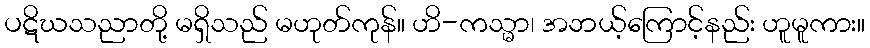
ပဋိဃသညာတို့ မရှိသည် မဟုတ်ကုန်။ ဟိ-ကသ္မာ၊ အဘယ့်ကြောင့်နည်း ဟူမူကား။